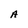
Character: A